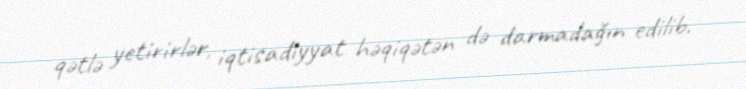
qətlə yetirirlər, iqtisadiyyat həqiqətən də darmadağın edilib.